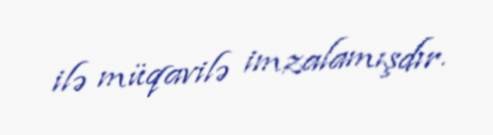
ilə müqavilə imzalamışdır.